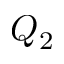
Q _ { 2 }